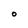
Character: O